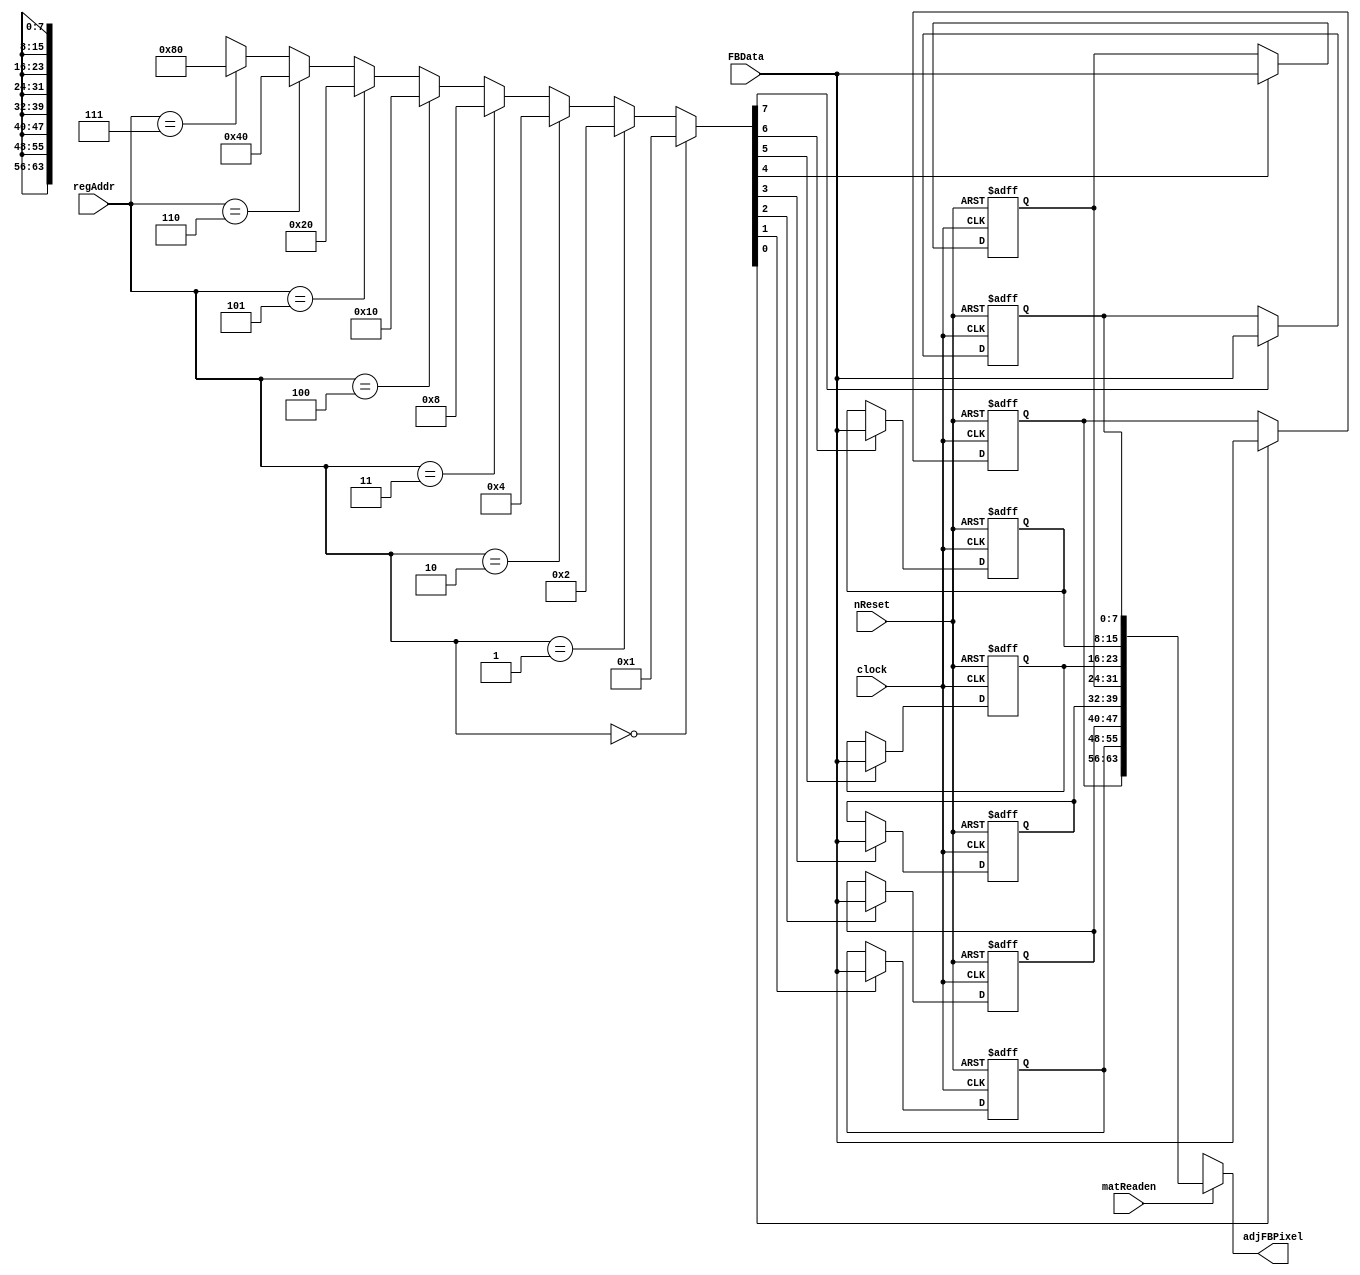
module Mat_Reg (clock, nReset, matReaden, regAddr, FBData, adjFBPixel);
	input clock;
	input nReset;
	input matReaden; // Datapath input    
	input [2:0] regAddr; //  
	input [7:0] FBData; //   
	output [63:0] adjFBPixel; //  8   

	reg [7:0] r1, r2, r3, r4, r5, r6, r7, r8; //  8   
	
	//        8   .
	wire [7:0] decoder;
	assign decoder =
		(regAddr == 4'd0) ? 9'd1 :
		(regAddr == 4'd1) ? 9'd2 :
		(regAddr == 4'd2) ? 9'd4 :
		(regAddr == 4'd3) ? 9'd8 :
		(regAddr == 4'd4) ? 9'd16 :
		(regAddr == 4'd5) ? 9'd32 :
		(regAddr == 4'd6) ? 9'd64 :
		(regAddr == 4'd7) ? 9'd128 : 8'bx;
	
	//  
	always @ (posedge clock or negedge nReset)
		if (!nReset)
			r1 <= 8'bx;
		else if (decoder[0])
			r1 <= FBData;

	always @ (posedge clock or negedge nReset)
		if (!nReset)
			r2 <= 8'bx;
		else if (decoder[1])
			r2 <= FBData;
			
	always @ (posedge clock or negedge nReset)
		if (!nReset)
			r3 <= 8'bx;
		else if (decoder[2])
			r3 <= FBData;
			
	always @ (posedge clock or negedge nReset)
		if (!nReset)
			r4 <= 8'bx;
		else if (decoder[3])
			r4 <= FBData;
			
	always @ (posedge clock or negedge nReset)
		if (!nReset)
			r5 <= 8'bx;
		else if (decoder[4])
			r5 <= FBData;
			
	always @ (posedge clock or negedge nReset)
		if (!nReset)
			r6 <= 8'bx;
		else if (decoder[5])
			r6 <= FBData;
			
	always @ (posedge clock or negedge nReset)
		if (!nReset)
			r7 <= 8'bx;
		else if (decoder[6])
			r7 <= FBData;
			
	always @ (posedge clock or negedge nReset)
		if (!nReset)
			r8 <= 8'bx;
		else if (decoder[7])
			r8 <= FBData;
	
	// matReaden 1   8     Output .
	assign adjFBPixel = (matReaden) ? {r1, r2, r3, r4, r5, r6, r7, r8} : 64'bx; // 8 
endmodule